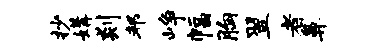
抄媾剡邦峥幅胸翌者鼻